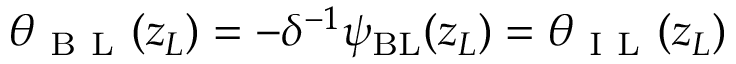
\theta _ { \mathrm { ~ B ~ L ~ } } ( z _ { L } ) = - \delta ^ { - 1 } \psi _ { \mathrm { { B L } } } ( z _ { L } ) = \theta _ { \mathrm { ~ I ~ L ~ } } ( z _ { L } )